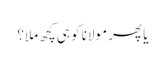
یا پھر مولانا کو ہی کچھ ملا؟